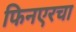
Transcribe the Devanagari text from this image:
फिनएरचा